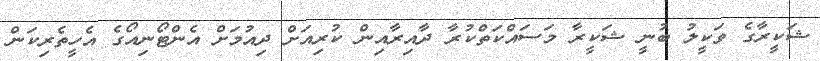
ޝަކީރާގެ ވަކީލު ބުނީ ޝަކީރާ މަސައްކަތްކުރާ ދާއިރާއިން ކުރިއަށް ދިއުމަށް އެންޓޯނިއޯގެ އެހީތެރިކަން